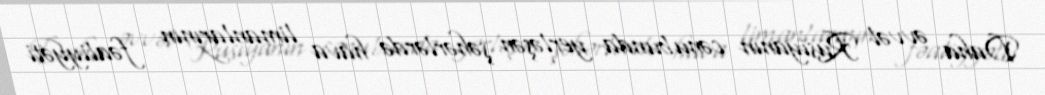
Daha əvvəl Rusiyanın cənubunda yerləşən şəhərlərdə hava limanlarının fəaliyyəti